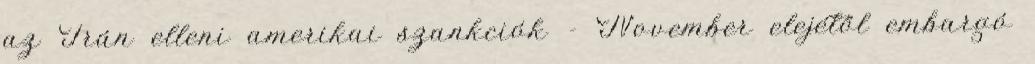
az Irán elleni amerikai szankciók - November elejétől embargó